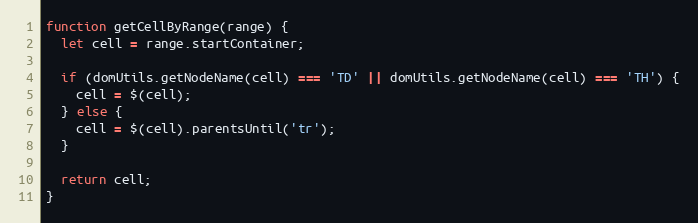
Language: JavaScript
function getCellByRange(range) {
  let cell = range.startContainer;

  if (domUtils.getNodeName(cell) === 'TD' || domUtils.getNodeName(cell) === 'TH') {
    cell = $(cell);
  } else {
    cell = $(cell).parentsUntil('tr');
  }

  return cell;
}